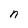
Character: n